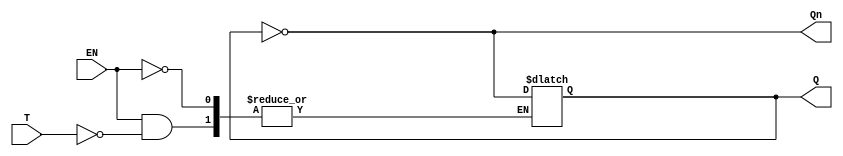
module Gated_T_Latch (
    input wire T,      // Toggle input
    input wire EN,     // Enable signal
    output reg Q,      // Output
    output wire Qn     // Complementary output
);

// Complementary output
assign Qn = ~Q;

// Always block to implement the latch behavior
always @(EN or T) begin
    if (EN) begin
        if (T) begin
            Q <= ~Q; // Toggle the output if T is high
        end
        // If T is low, Q remains unchanged
    end
    // If EN is low, Q remains unchanged
end

endmodule